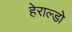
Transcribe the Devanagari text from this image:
हेराल्डो